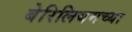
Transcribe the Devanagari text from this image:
बेरिलियमच्या